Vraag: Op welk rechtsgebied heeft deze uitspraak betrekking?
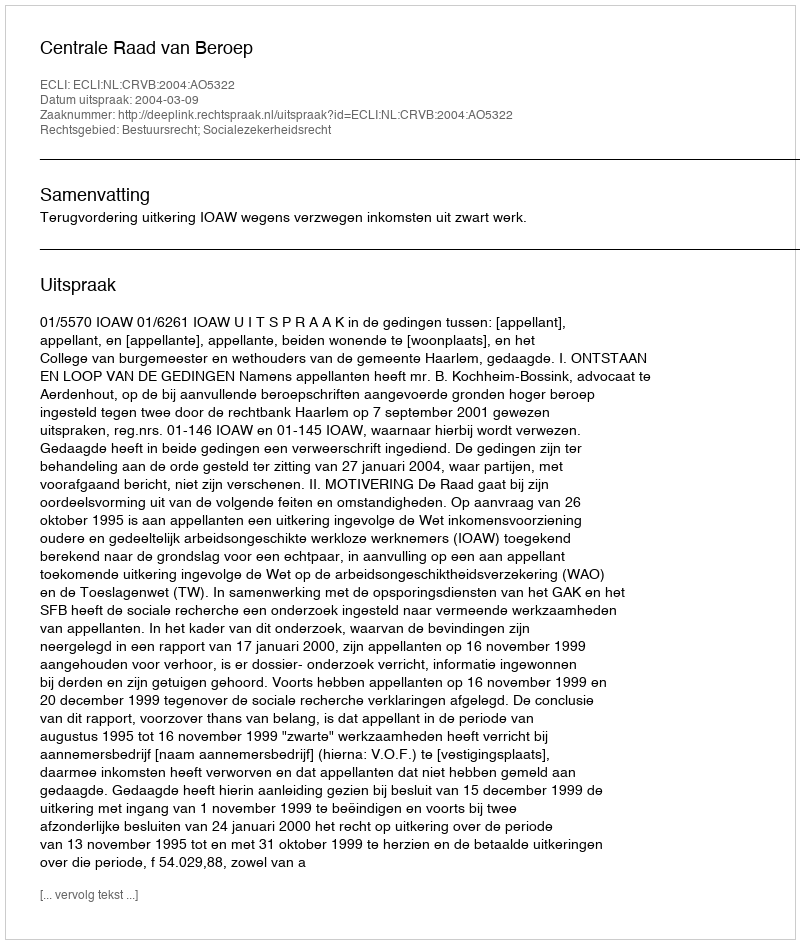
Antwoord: Bestuursrecht; Socialezekerheidsrecht